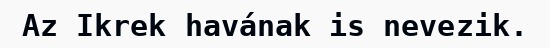
Az Ikrek havának is nevezik.